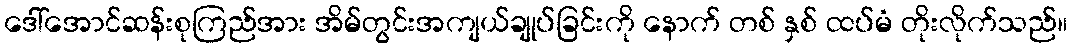
ဒေါ်အောင်ဆန်းစုကြည်အား အိမ်တွင်းအကျယ်ချုပ်ခြင်းကို နောက် တစ် နှစ် ထပ်မံ တိုးလိုက်သည်။